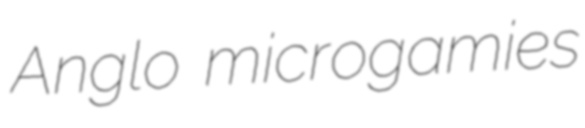
Anglo microgamies